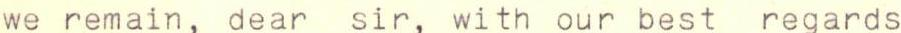
we remain, dear sir, with our best regards